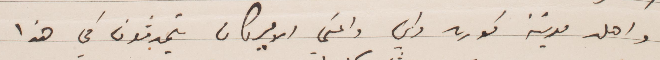
واهل مدينة كوره واني واعني الاميركان يتحدثون في هذا